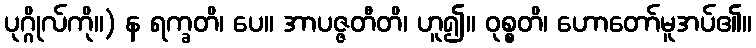
ပုဂ္ဂိုလ်ကို။) န ရက္ခတိ၊ ပေ။ အာပဇ္ဇတီတိ၊ ဟူ၍။ ဝုစ္စတိ၊ ဟောတော်မူအပ်၏။